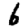
Digit: 6